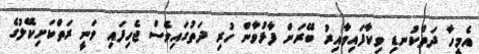
އެމީހާ ދަތްކުނޑި ވިކާފައިވާއިރު ބޭރަށް ފާޅުވާން ހުރި ދަތުގައިވެސް ޖެހިފައި ވަނީ ރަތްކަށިކޭލުގެ